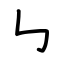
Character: ㇉